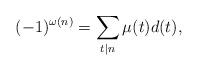
LaTeX: \begin{align*}(-1)^{\omega(n)}= \sum_{t \mid n} \mu(t)d(t),\end{align*}